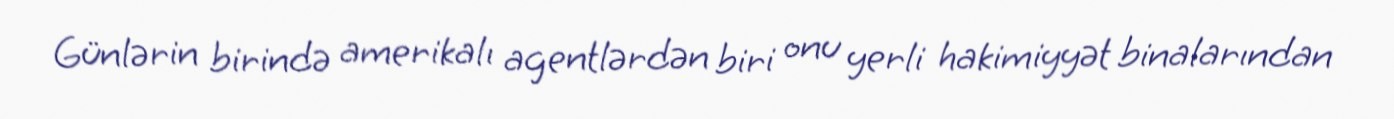
Günlərin birində amerikalı agentlərdən biri onu yerli hakimiyyət binalarından